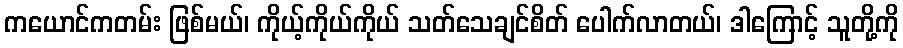
ကယောင်ကတမ်း ဖြစ်မယ်၊ ကိုယ့်ကိုယ်ကိုယ် သတ်သေချင်စိတ် ပေါက်လာတယ်၊ ဒါကြောင့် သူတို့ကို